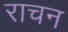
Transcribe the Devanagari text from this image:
राचन